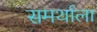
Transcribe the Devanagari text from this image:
समर्थाला